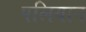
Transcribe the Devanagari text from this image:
पलियान